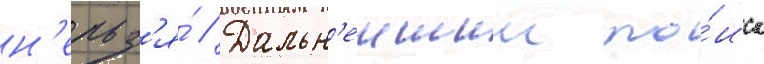
н'ельз'я́ // Дальн'еишии по́иск